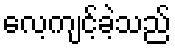
လေ့ကျင့်ခဲ့သည်